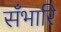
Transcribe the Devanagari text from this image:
सँभारि